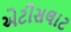
એટીસલાટ